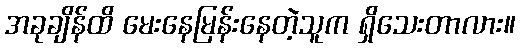
အခုချိန်ထိ မေးနေမြန်းနေတဲ့သူက ရှိသေးတာလား။